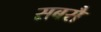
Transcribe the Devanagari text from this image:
सबसै